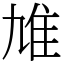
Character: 䧱